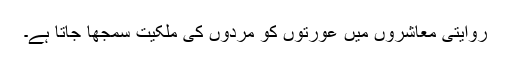
روایتی معاشروں میں عورتوں کو مردوں کی ملکیت سمجھا جاتا ہے۔